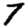
Digit: 7